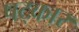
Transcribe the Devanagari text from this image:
षट्‌कार